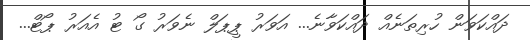
ދައްކަވަން ހުރިތަނެއް ދައްކަވާނެ... އަވަރު ޕީޕަލް ނެވަރު ގޯ ޓު އެއަރު ޕޯޓް...